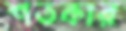
শতকার